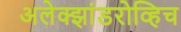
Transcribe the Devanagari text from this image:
अलेक्झांडरोव्हिच